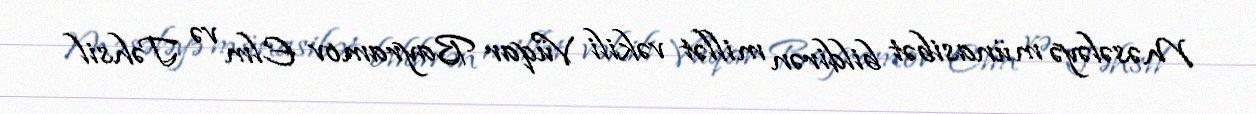
Məsələyə münasibət bildirən millət vəkili Vüqar Bayramov Elm və Təhsil